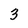
Character: 3